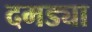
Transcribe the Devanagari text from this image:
दमड्या